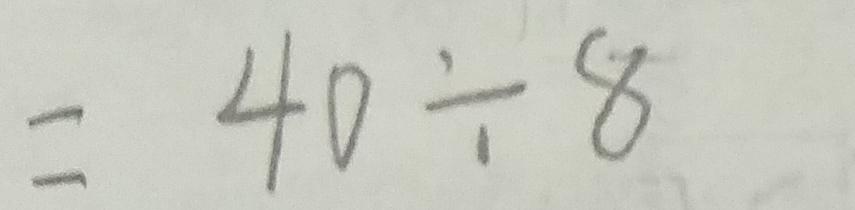
= 4 0 \div 8